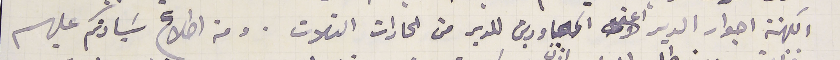
الكهنة اجوار الدير اعني المجاورين للدير من الحارات الثلاث. ومن اطلاع سَيادتكم عليهم